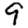
Digit: 9